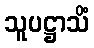
သူပဋ္ဌာသိံ